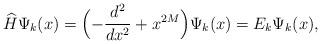
LaTeX: \begin{align*}\widehat{H} \Psi_k(x)=\Bigl( -\frac{d^2}{dx^2} + x^{2M} \Bigr ) \Psi_k(x)= E_k \Psi_k(x),\end{align*}